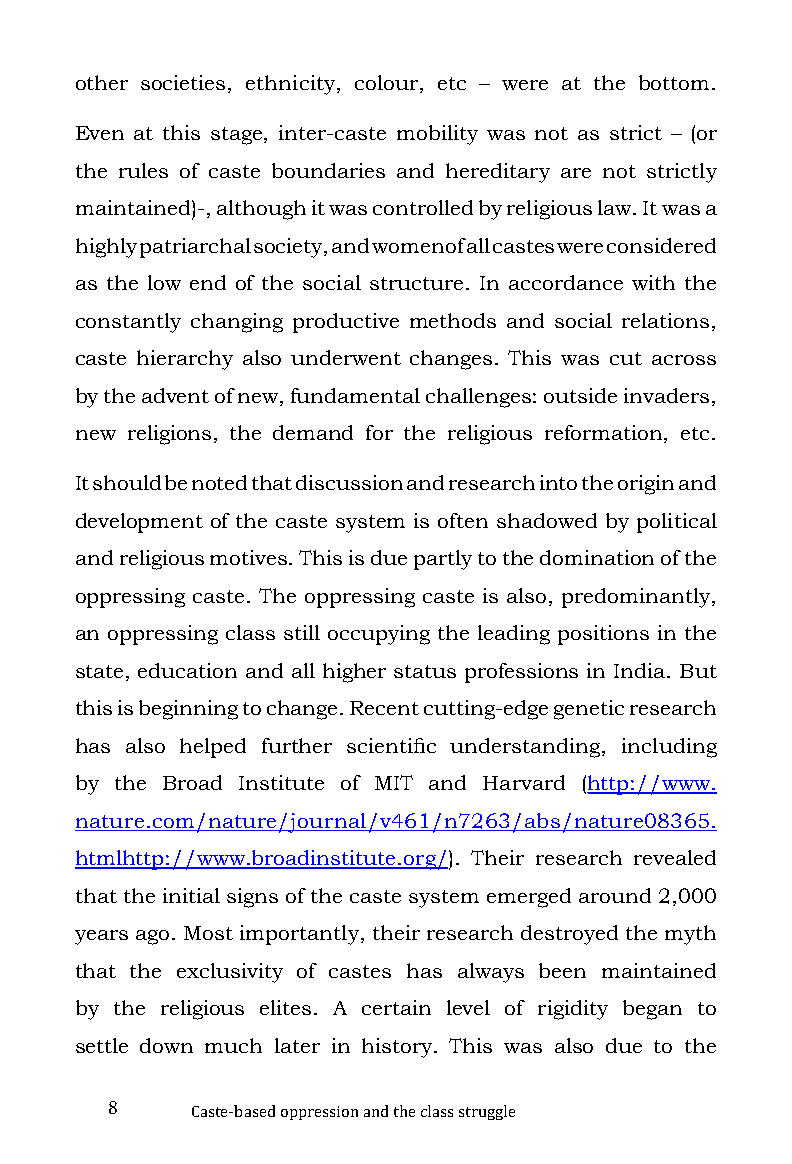
other societies, ethnicity, colour, etc – were at the bottom.
 Even at this stage, inter-caste mobility was not as strict – (or
 the rules of caste boundaries and hereditary are not strictly
 maintained)-, although it was controlled by religious law. It was a
 highly patriarchal society, and women of all castes were considered
 as the low end of the social structure. In accordance with the
 constantly changing productive methods and social relations,
 caste hierarchy also underwent changes. This was cut across
 by the advent of new, fundamental challenges: outside invaders,
 new religions, the demand for the religious reformation, etc.
 It should be noted that discussion and research into the origin and
 development of the caste system is often shadowed by political
 and religious motives. This is due partly to the domination of the
 oppressing caste. The oppressing caste is also, predominantly,
 an oppressing class still occupying the leading positions in the
 state, education and all higher status professions in India. But
 this is beginning to change. Recent cutting-edge genetic research
 has also helped further scientific understanding, including
 by the Broad Institute of MIT and Harvard (http://www.
 nature.com/nature/journal/v461/n7263/abs/nature08365.
 htmlhttp://www.broadinstitute.org/). Their research revealed
 that the initial signs of the caste system emerged around 2,000
 years ago. Most importantly, their research destroyed the myth
 that the exclusivity of castes has always been maintained
 by the religious elites. A certain level of rigidity began to
 settle down much later in history. This was also due to the
 8
 Caste-based oppression and the class struggle